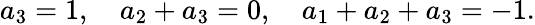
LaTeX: a_{3}=1,\quad a_{2}+a_{3}=0,\quad a_{1}+a_{2}+a_{3}=-1.